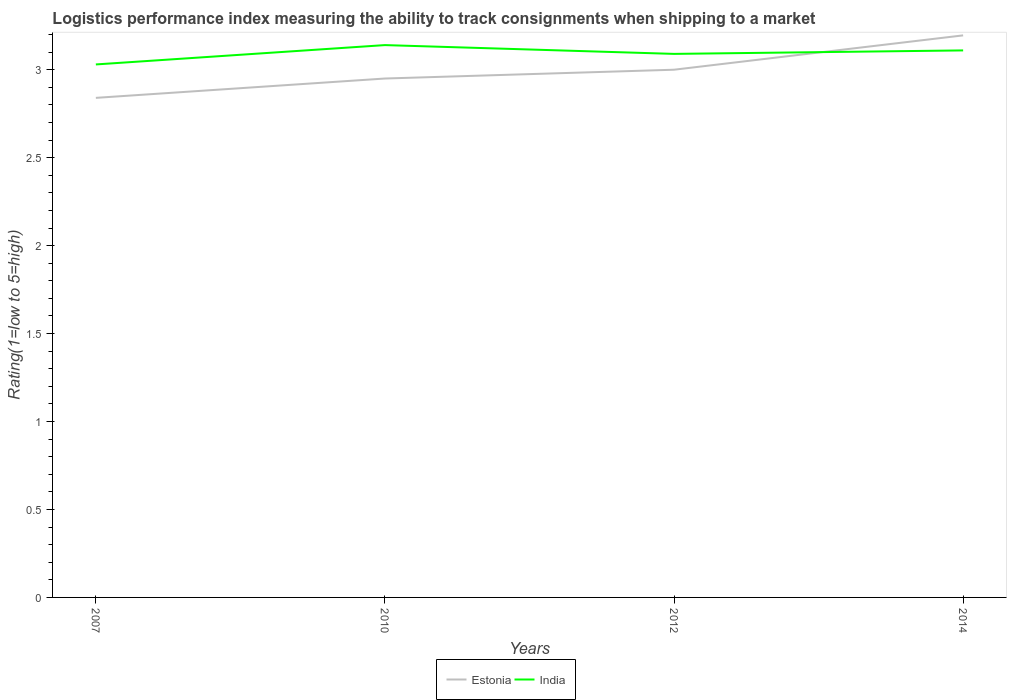
| Years | Estonia | India |
 | --- | --- | --- |
 | 2007 | 2.84 | 3.03 |
 | 2010 | 2.95 | 3.14 |
 | 2012 | 3 | 3.09 |
 | 2014 | 3.2 | 3.11 |